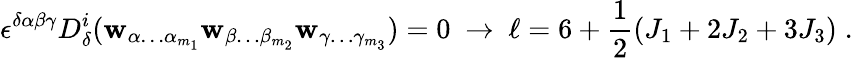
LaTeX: \epsilon^{\delta\alpha\beta\gamma}D_{\delta}^{i}(\mathbf{w}_{\alpha\ldots\alpha_{m_{1}}}\mathbf{w}_{\beta\ldots\beta_{m_{2}}}\mathbf{w}_{\gamma\ldots\gamma_{m_{3}}})=0\ \rightarrow\ \ell=6+{\frac{{1}}{{2}}}(J_{1}+2J_{2}+3J_{3})\; .